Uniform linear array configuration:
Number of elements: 8
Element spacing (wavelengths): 1
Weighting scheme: blackman
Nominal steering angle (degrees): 30
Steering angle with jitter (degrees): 28.308
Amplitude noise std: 0.05
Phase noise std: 0.05

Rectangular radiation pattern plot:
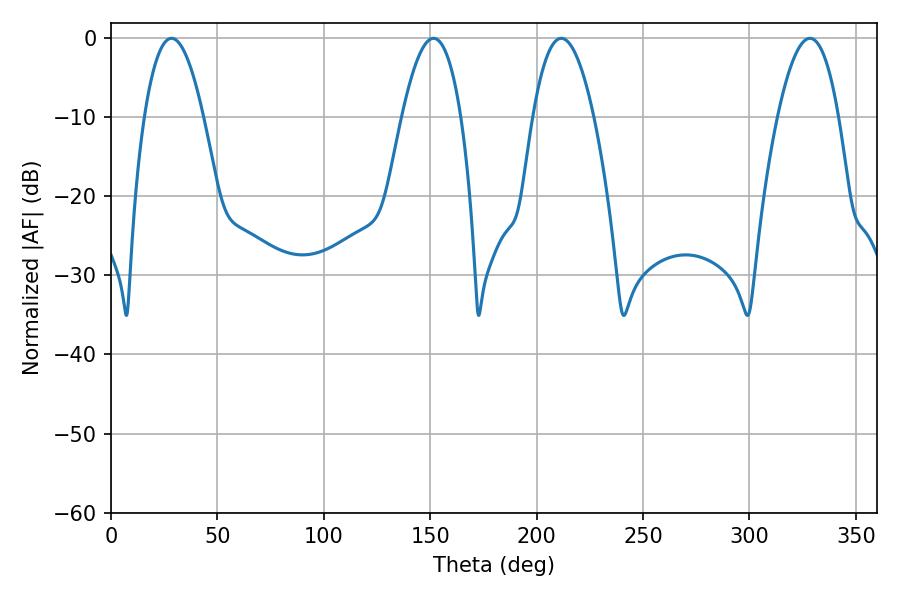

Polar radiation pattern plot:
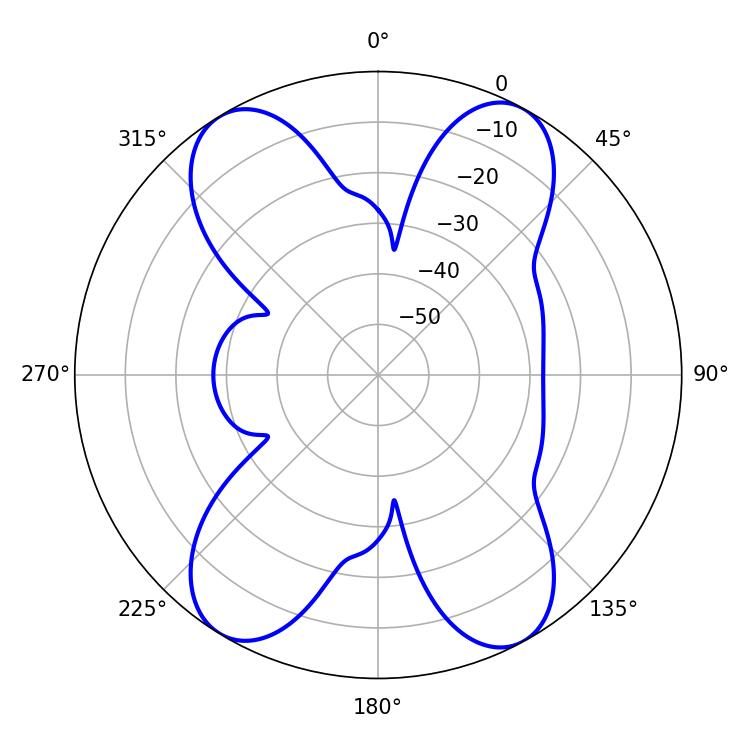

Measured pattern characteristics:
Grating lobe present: TRUE
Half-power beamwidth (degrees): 15.3
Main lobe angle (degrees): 28.44